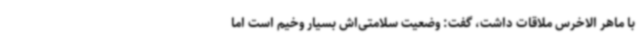
با ماهر الاخرس ملاقات داشت، گفت: وضعیت سلامتی‌اش بسیار وخیم است اما